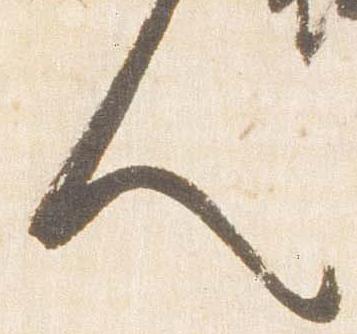
人